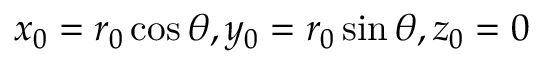
x _ { 0 } = r _ { 0 } \cos { \theta } , y _ { 0 } = r _ { 0 } \sin { \theta } , z _ { 0 } = 0